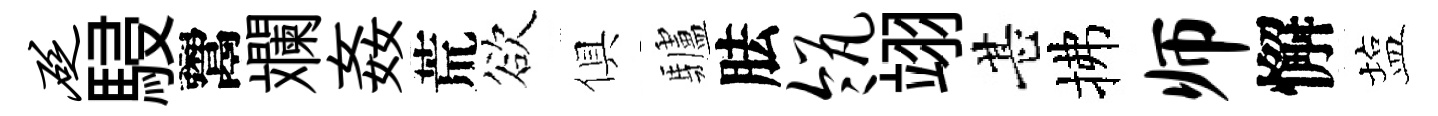
砭駸鬻斕姦荒欲俱驢胠瓴翊甚拂师懈塩